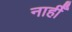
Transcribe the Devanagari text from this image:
नाहीँ